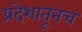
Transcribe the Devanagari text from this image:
प्रदेशातूनच